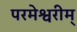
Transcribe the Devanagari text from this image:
परमेश्वरीम्